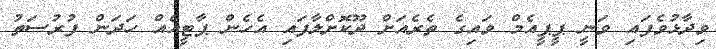
ވިދާޅުވެފައި ވަނީ ޕީޕީއެމް ވައިގެ ތެރެއަށް ދޫކޮށްލާފައި އެހެން ޕާޓީއެއް ހަދަން ފުރުސަތު